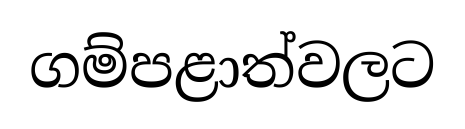
ගම්පළාත්වලට